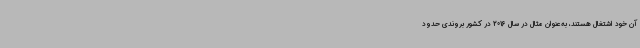
آن خود اشتغال هستند، به‌عنوان مثال در سال 2016 در کشور بروندی حدود